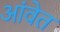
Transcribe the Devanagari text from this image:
आंवेत